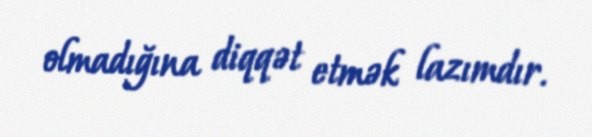
olmadığına diqqət etmək lazımdır.